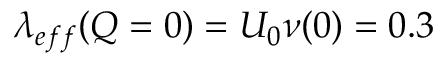
\lambda _ { e f f } ( Q = 0 ) = U _ { 0 } \nu ( 0 ) = 0 . 3